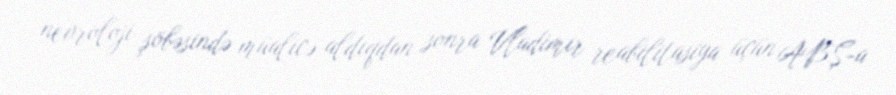
nevroloji şöbəsində müalicə aldıqdan sonra Vladimir reabilitasiya üçün ABŞ-a